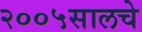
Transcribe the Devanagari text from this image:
२००५सालचे